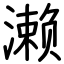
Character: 濑